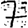
Digit: 7